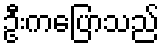
ဦးကပြောသည်